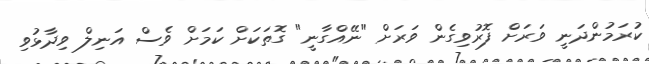
ކުރަމުންދަނީ ވަރަށް ފޮރުވިގެން ވަރަށް "ނޭއްގާނީ" ގޮތަކަށް ކަމަށް ވެސް އަނިލް ވިދާޅުވި